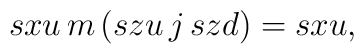
sxu \, m \, (szu \, j  \, szd) = sxu,